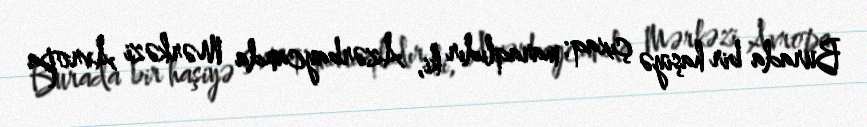
Burada bir haşiyə çıxaq: maraqlıdır ki, Azərbaycanda Mərkəzi Avropa